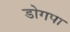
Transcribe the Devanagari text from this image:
डोगपा